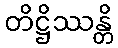
တိဋ္ဌိဿန္တိ